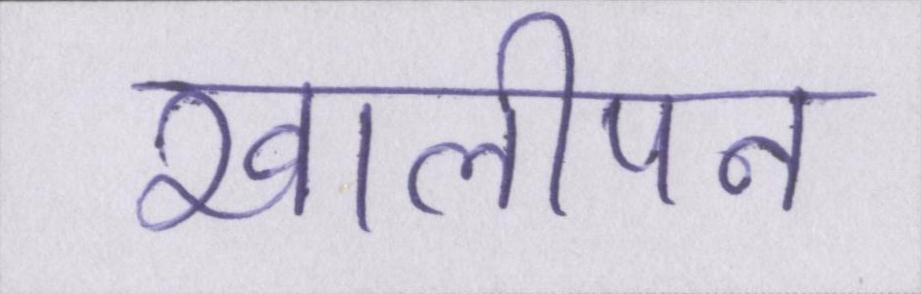
खालीपन